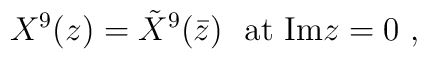
X^9(z) = {\tilde X}^9(\bar z) \ \ {\rm at\   Im}z=0 \ ,